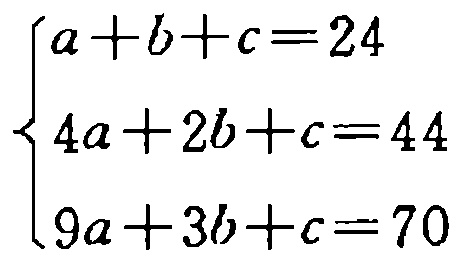
\[\begin{cases}

a + b + c = 24\\

4a + 2b + c = 44\\

9a + 3b + c = 70

\end{cases}\]